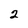
Character: 2